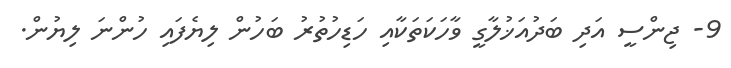
9- ޖިންސީ އަދި ބަދުއަޚުލާގީ ވާހަކަތަކާއި ހަޑިހުތުރު ބަހުން ލިޔެފައި ހުންނަ ލިޔުން.